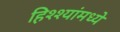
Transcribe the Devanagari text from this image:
हिश्श्यांमध्ये